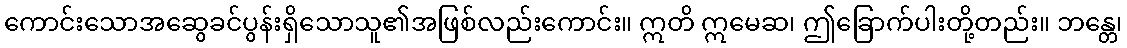
ကောင်းသောအဆွေခင်ပွန်းရှိသောသူ၏အဖြစ်လည်းကောင်း။ ဣတိ ဣမေဆ၊ ဤခြောက်ပါးတို့တည်း။ ဘန္တေ၊